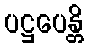
ပဋ္ဌပေန္တိ